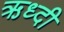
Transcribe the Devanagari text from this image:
ऋध्दी